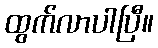
ထွက်လာပါပြီ။